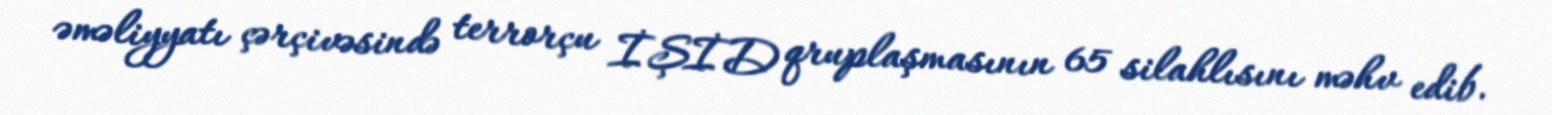
əməliyyatı çərçivəsində terrorçu İŞİD qruplaşmasının 65 silahlısını məhv edib.